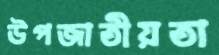
উপজাতীয়তা